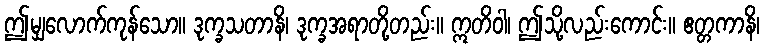
ဤမျှလောက်ကုန်သော။ ဒုက္ခသတာနိ၊ ဒုက္ခအရာတို့တည်း။ ဣတိဝါ၊ ဤသို့လည်းကောင်း။ ဧတ္တကာနိ၊